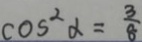
\cos ^ { 2 } \alpha = \frac { 3 } { 8 }